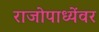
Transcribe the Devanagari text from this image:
राजोपाध्येंवर